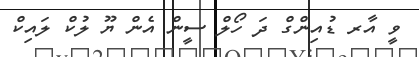
ވީ އާރ ޑުއިންގް ދަ ހޯލް ސީން އެން ޔޫ ލުކް ލައިކް